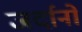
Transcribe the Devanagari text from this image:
जर्दानो